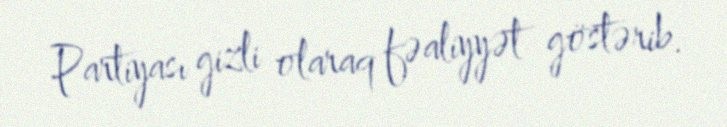
Partiyası gizli olaraq fəaliyyət göstərib.